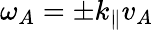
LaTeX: \omega_{A}=\pm k_{\parallel}v_{A}